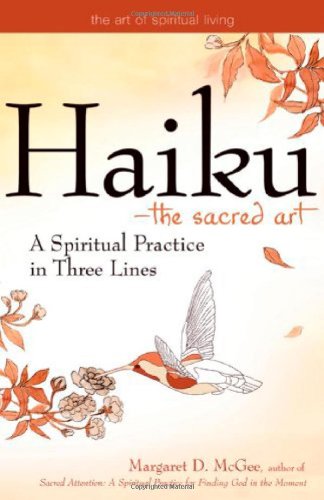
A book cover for HaikuThe Sacred Art: A Spiritual Practice in Three Lines (The Art of Spiritual Living); Margaret D. McGee; Literature & Fiction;